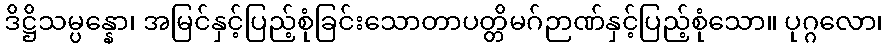
ဒိဋ္ဌိသမ္ပန္နော၊ အမြင်နှင့်ပြည့်စုံခြင်းသောတာပတ္တိမဂ်ဉာဏ်နှင့်ပြည့်စုံသော။ ပုဂ္ဂလော၊